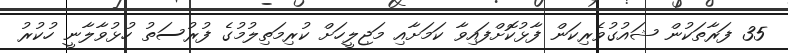
35 ފަރާތަކުން ޝައުގުވެރިކަން ފާޅުކޮށްފައިވާ ކަމަށާއި މަޖިލީހަށް ކުރިމަތިލުމުގެ ފުރުސަތު ހުޅުވާލާނީ ހުކުރު